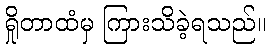
ရှိုတာထံမှ ကြားသိခဲ့ရသည်။